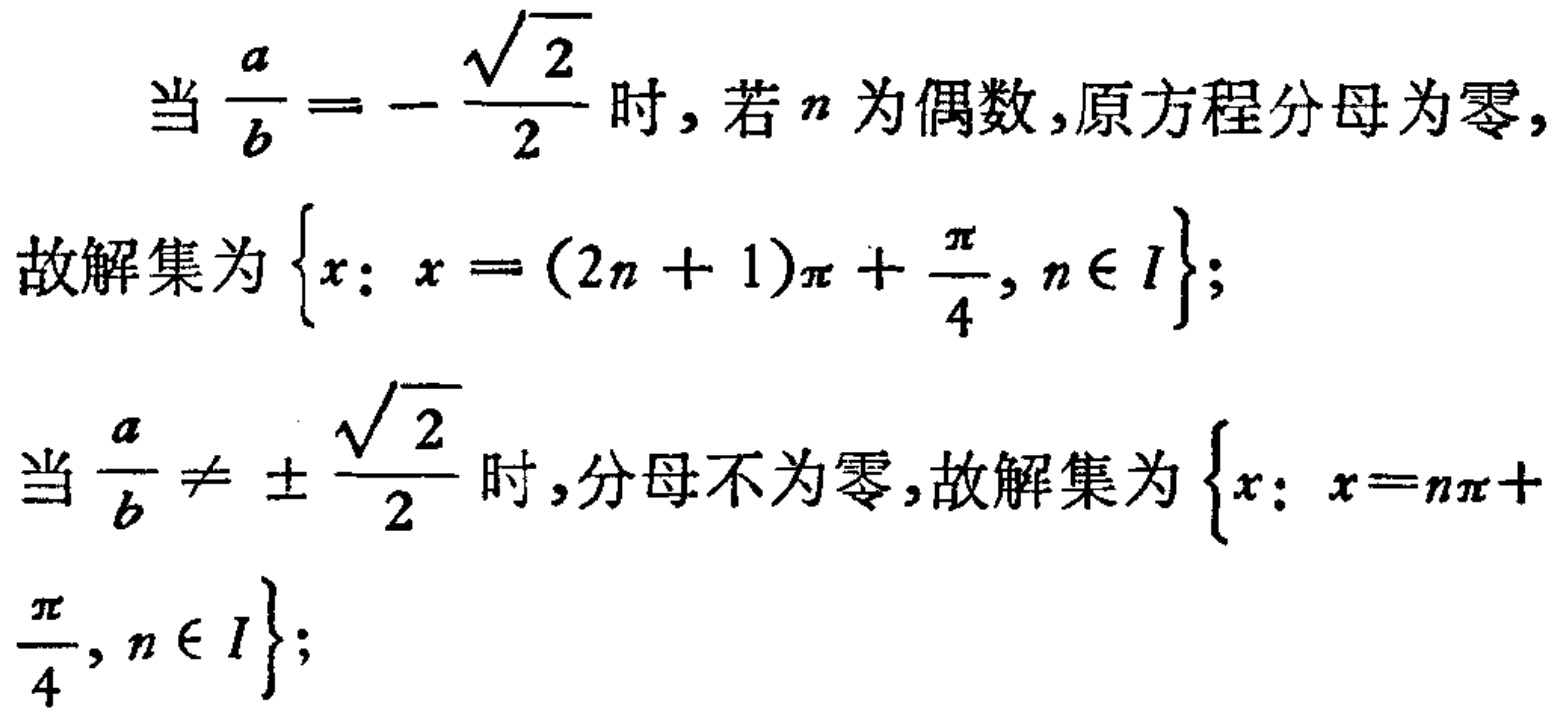
当\(\frac{a}{b}=-\frac{\sqrt{2}}{2}\)时, 若\(n\)为偶数,原方程分母为零,
故解集为\(\left\{x: x=(2n + 1)\pi+\frac{\pi}{4}, n\in I\right\}\);
当\(\frac{a}{b}\neq\pm\frac{\sqrt{2}}{2}\)时,分母不为零,故解集为\(\left\{x: x=n\pi+\frac{\pi}{4}, n\in I\right\}\);